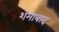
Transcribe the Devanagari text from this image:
शमाबाद